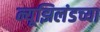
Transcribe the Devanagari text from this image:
न्यूझिलंडच्या